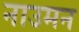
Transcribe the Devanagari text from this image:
नाउमन